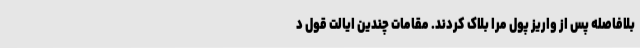
بلافاصله پس از واریز پول مرا بلاک کردند. مقامات چندین ایالت قول د